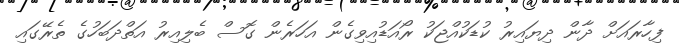
ފިހާރައަށް ދާން ދިޔައިރު ކުޑަކުއްޖަކު ރޯއަޑުއިވިގެން އަހަރެން ގޮސް ބެލިއިރު އަތްދަބަހުގެ ތެރޭގައި